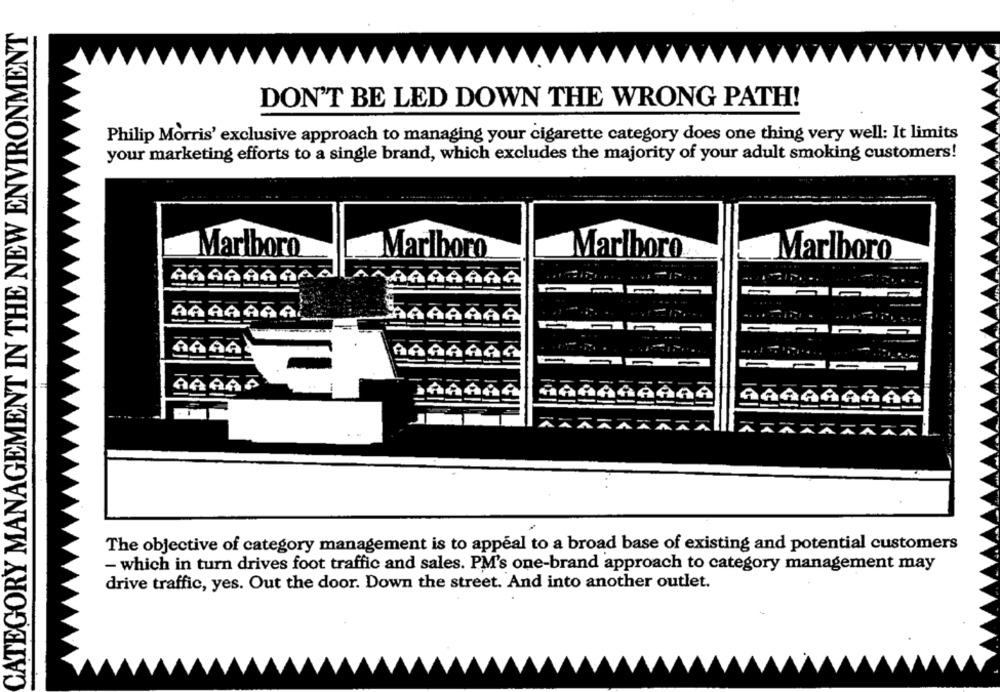
CATEGORY MANAGEMENT IN THE NEW ENVIRONMENT
DON'T BE LED DOWN THE WRONG PATH!
Philip Morris' exclusive approach to managing your cigarette category does one thing very well: It limits
your marketing efforts to a single brand, which excludes the majority of your adult smoking customers!
Marlboro
Marlboro
Marlboro
Marlboro
GARAS
The objective of category management is to appeal to a broad base of existing and potential customers
- which in turn drives foot traffic and sales. PM's one-brand approach to category management may
drive traffic, yes. Out the door. Down the street. And into another outlet.